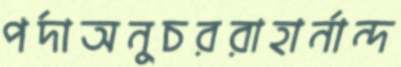
পর্দাঅনুচররাহার্নান্দ